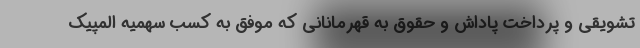
تشویقی و پرداخت پاداش و حقوق به قهرمانانی که موفق به کسب سهمیه المپیک